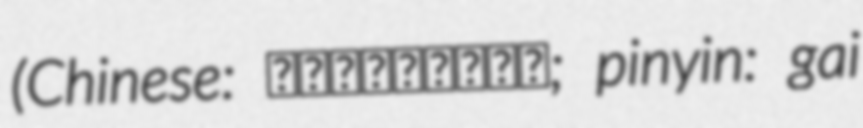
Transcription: (Chinese: 盖山西和她的姐妹们; pinyin: gai